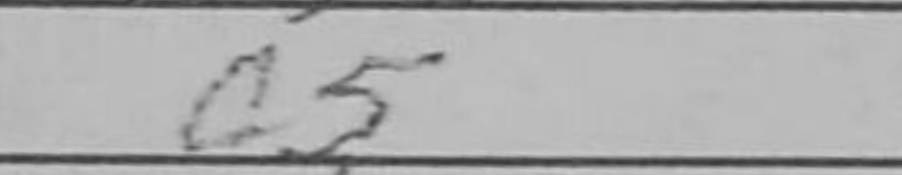
Transcription: c5